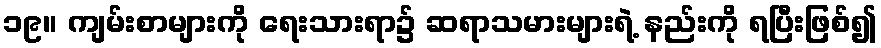
၁၉။ ကျမ်းစာများကို ရေးသားရာ၌ ဆရာသမားများရဲ့ နည်းကို ရပြီးဖြစ်၍